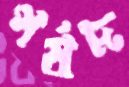
পর্ষদ